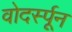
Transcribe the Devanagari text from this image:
वोदर्स्पून